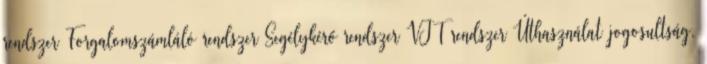
rendszer Forgalomszámláló rendszer Segélykérő rendszer VJT rendszer Úthasználat jogosultság,